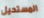
المستحيل